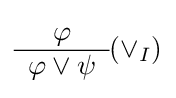
{\begin{array}{c}\varphi \\\hline \varphi \lor \psi \end{array}}(\lor _{I})